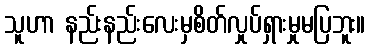
သူဟာ နည်းနည်းလေးမှစိတ်လှုပ်ရှားမှုမပြဘူး။